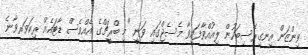
ވިންޒަން އިނގިރޭސިބަހުން ލިއުއްވާފައިވާ މެސެޖްގައި ވަނީ "މި ބްރީޗްގެ އެއްވެސް ޑާޓައެއް ރިކަވަރވާނެ